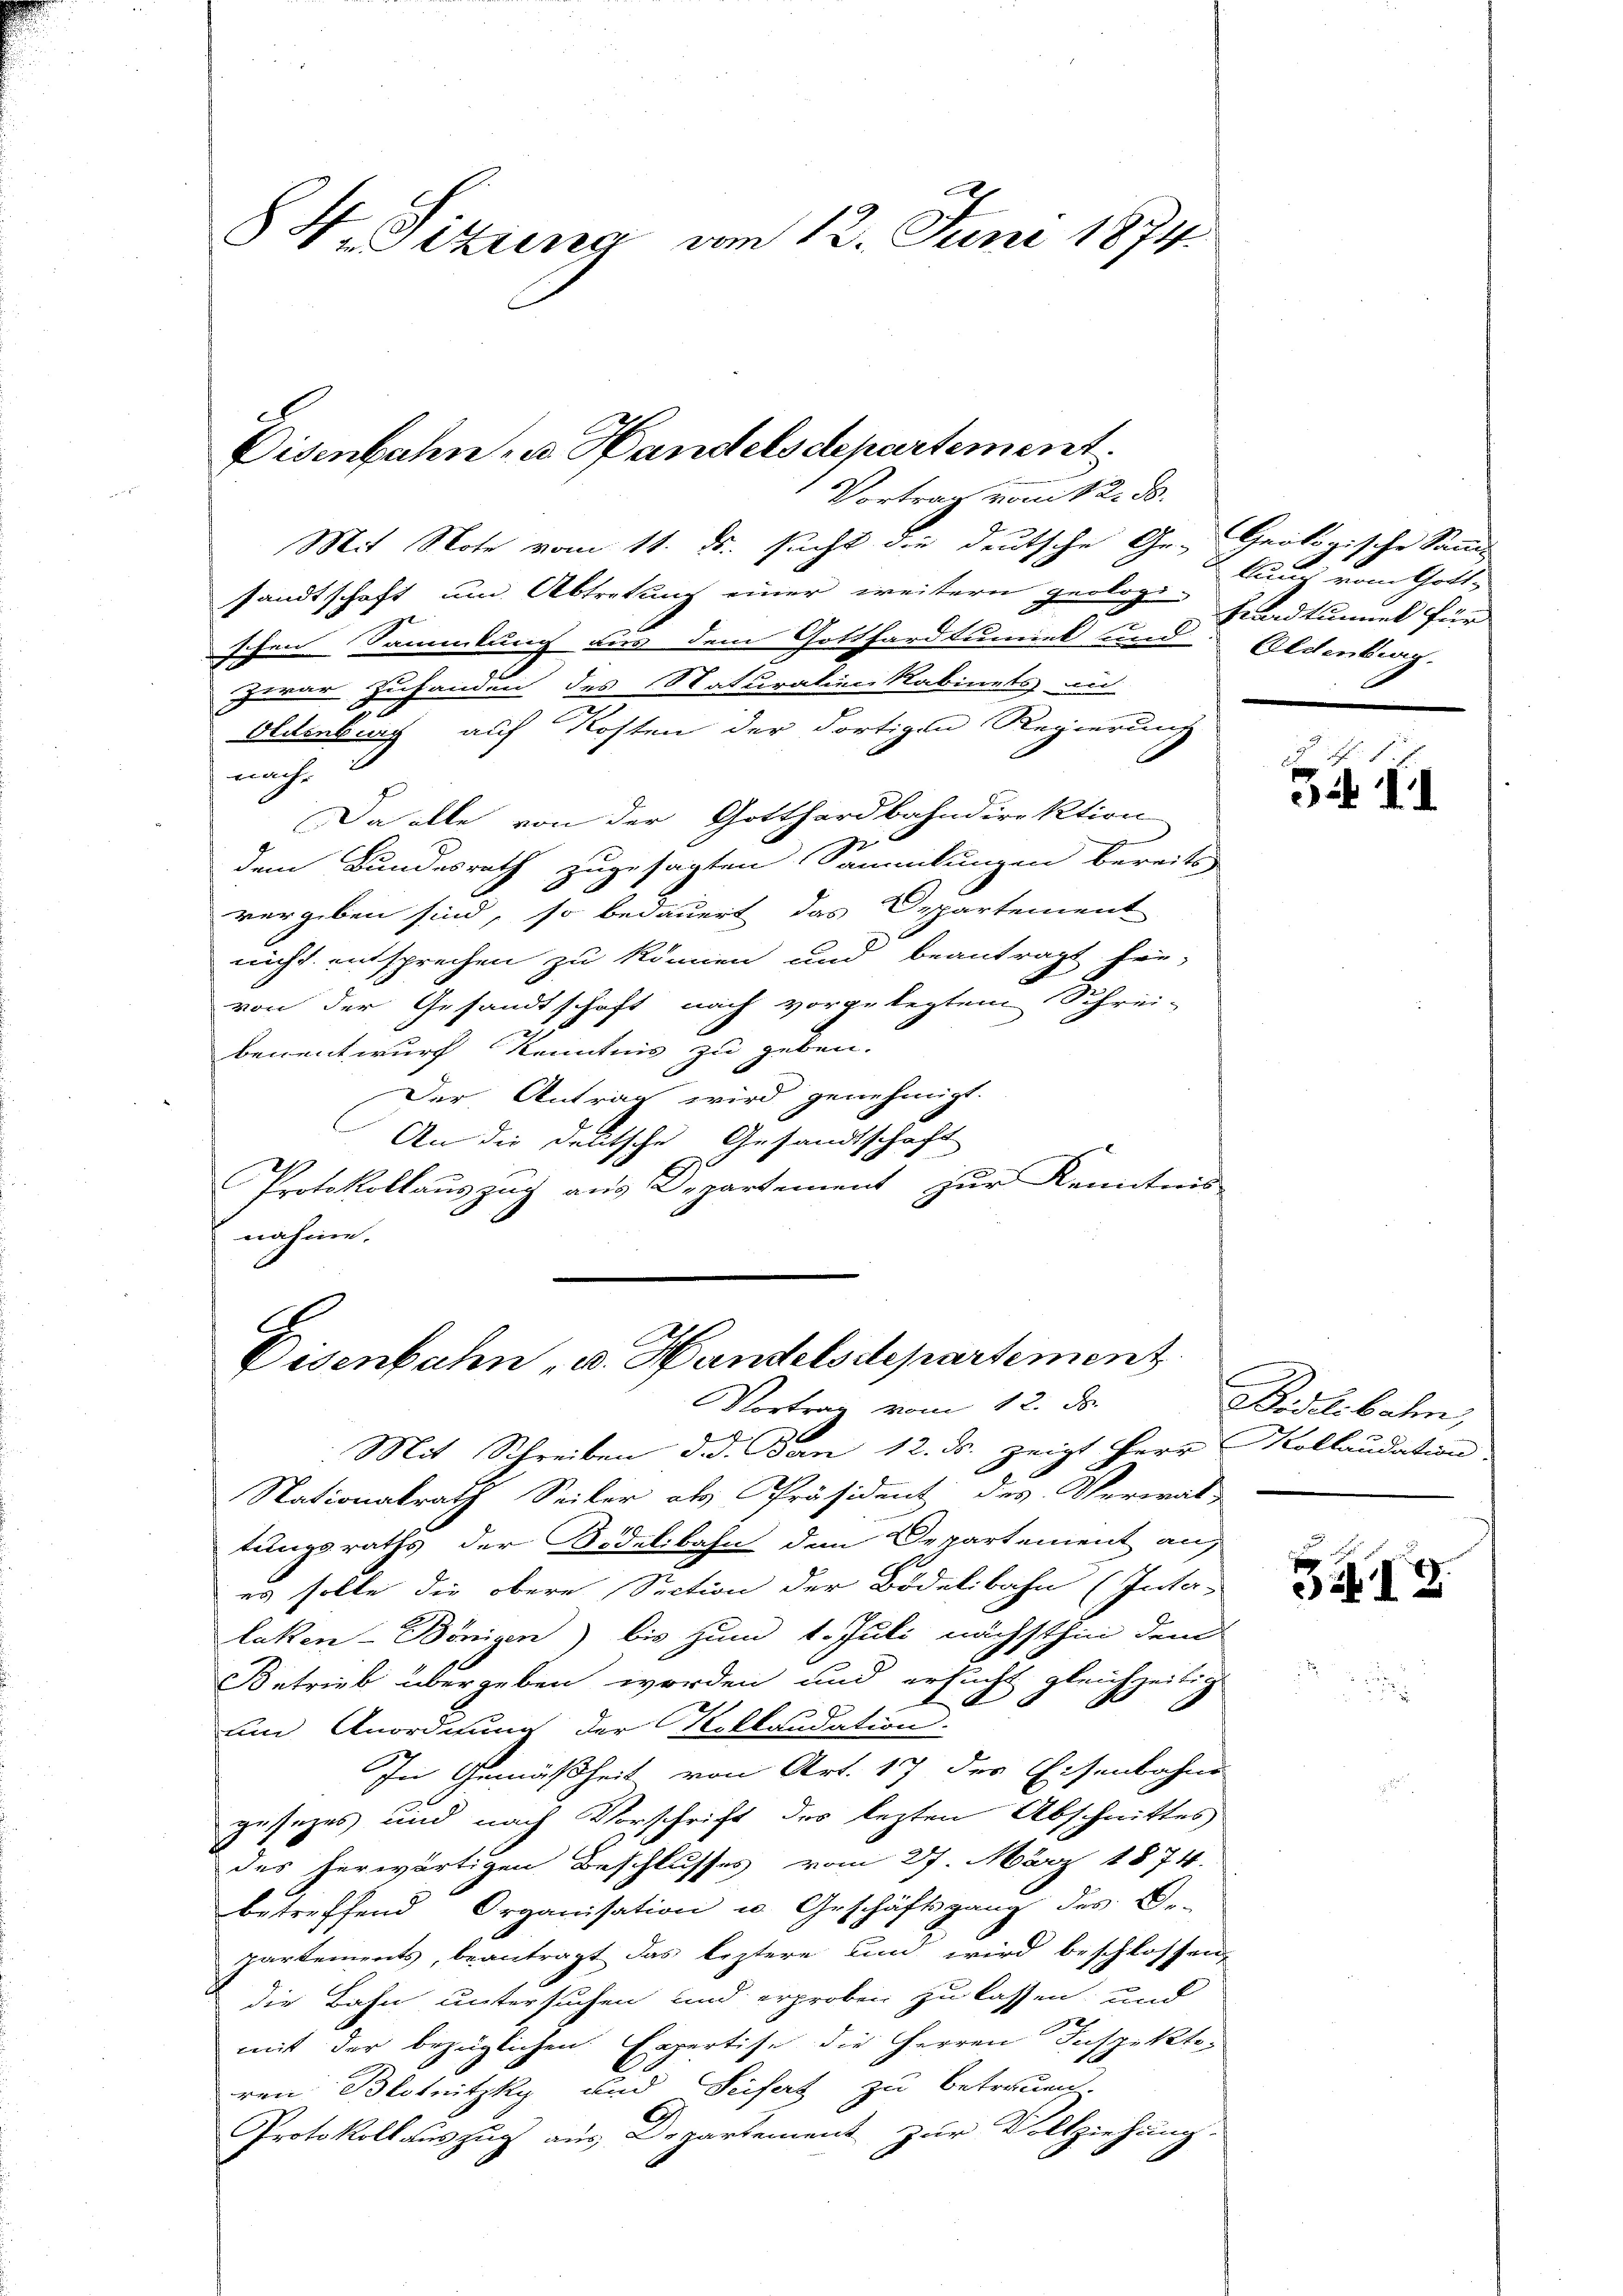
8 V. Sitzung am 12. Juni 1874.

Disenbahn zu Handelsdepartement.
Vortrag vom 12. d.

Mit Note vom 11. ds. sucht die deutsche Ge- Geologische Sani
sandtschaft um Abtretung einer weitern geologi-
schen Sammlung aus dem Gotthardtumiet und Aldenburg.
zwar Zuhanden des Naturation kabinets an
Oldenburg auf Kosten der dortigen Regierung
nach.
Da alle von der Gotthardbahndirektion
2
dem Bundesrath zugesagten Sammlungen bereits
vergeben sind, so bedauert das Departement
nicht entsprechen zu können und beantragt frü-
von der Gesandtschaft nach vorgelegtem Schrei-
benentwurf Kenntnis zu geben.
Der Antrag wird genehmigt.
An die deutsche Gesandtschaft
Protokollauszug aus Departement zur Kenntnis
nahme.

Disenbahn v. Handelsdepartement

Vortrag vom 12. ds.
Mit Schreiben d. d. Ban 12. ds. zeigt Herr Kollaudation.
Nationalrath Seiler als Präsident des Verwal-
tungsraths der Bidelibahn den Departement auf
es solle die obere Section der Bodelibahn (Inta-
laken-Bönigen) bis zum 1. Juli nächsthin dem
Betrieb übergeben worden und ersucht gleichzeitig
um Anordnung der Villaudation.
In Gemäßheit von Art. 17 des Eisenbahne
gesezes und nach Vorschrift des lezten Abschnittes
des herwärtigen Beschlusses vom 27. März 1874.
betreffend Organisation u. Geschäftsgang des De-
partements, beantragt das leztere und wird beschlossen,
die Bahn untersuchen und erproben zu lassen, und
mit der bezüglichen Expertise die Herren Inspekto-
ren Blotnitzky und Seifert zu Betrauen.
Protokollauszug aus Departement zur Vollziehung.

kung vom Gott,
Frandtummel für

Bd. II

Bidelibahn,

a
I2